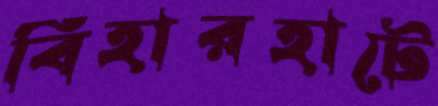
বিহারহাটে